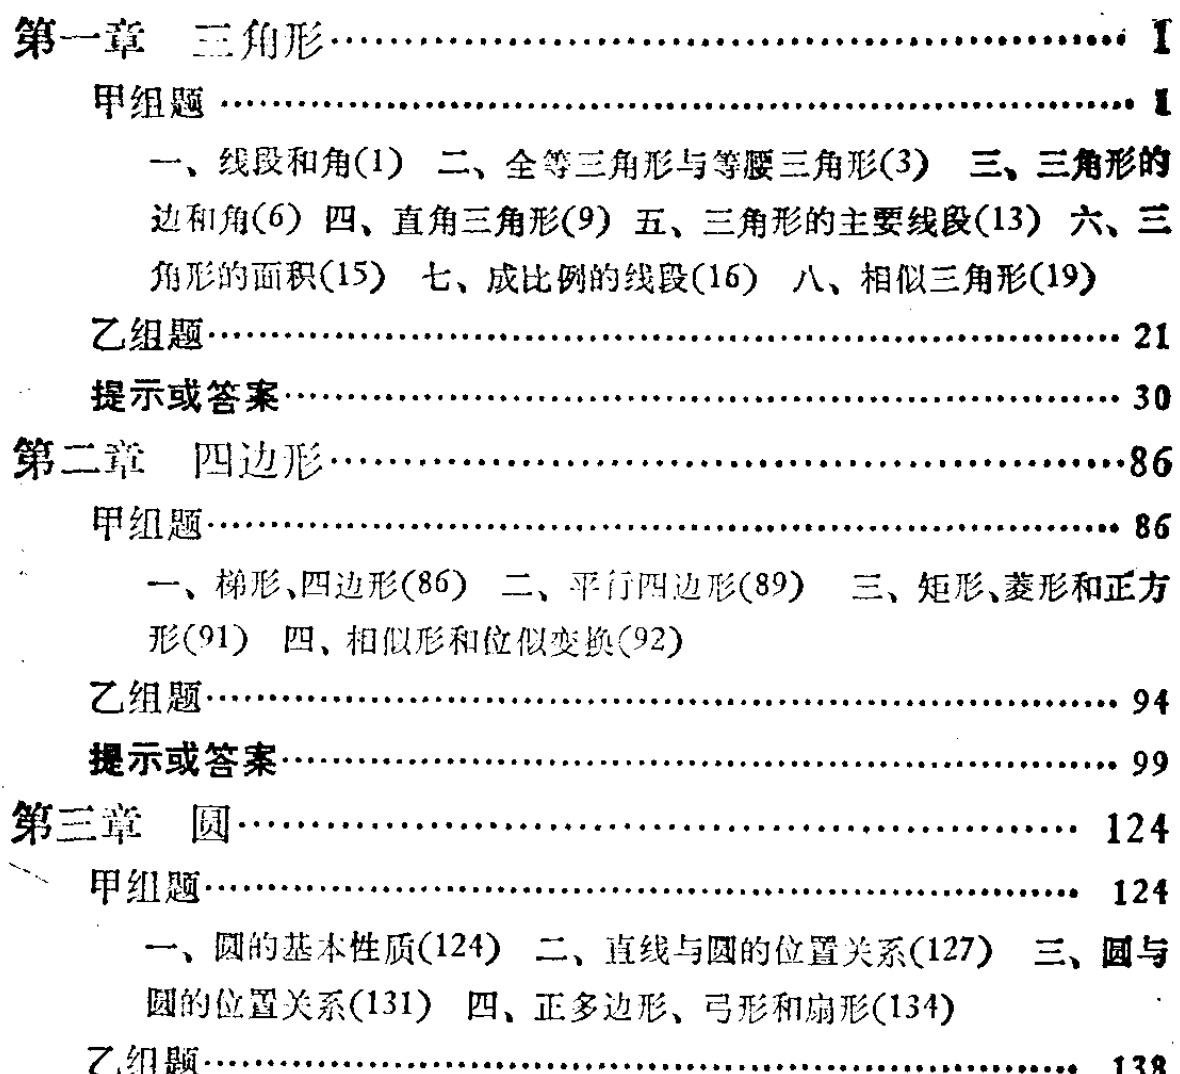
\begin{enumerate}

\item 第一章 三角形……I

    \begin{enumerate}

    \item 甲组题……1

        \begin{enumerate}

        \item 一、线段和角(1)

        \item 二、全等三角形与等腰三角形(3)

        \item 三、三角形的边和角(6)

        \item 四、直角三角形(9)

        \item 五、三角形的主要线段(13)

        \item 六、三角形的面积(15)

        \item 七、成比例的线段(16)

        \item 八、相似三角形(19)

        \end{enumerate}

    \item 乙组题……21

    \item 提示或答案……30

    \end{enumerate}

\item 第二章 四边形……86

    \begin{enumerate}

    \item 甲组题……86

        \begin{enumerate}

        \item 一、梯形、四边形(86)

        \item 二、平行四边形(89)

        \item 三、矩形、菱形和正方形(91)

        \item 四、相似形和位似变换(92)

        \end{enumerate}

    \item 乙组题……94

    \item 提示或答案……99

    \end{enumerate}

\item 第三章 圆……124

    \begin{enumerate}

    \item 甲组题……124

        \begin{enumerate}

        \item 一、圆的基本性质(124)

        \item 二、直线与圆的位置关系(127)

        \item 三、圆与圆的位置关系(131)

        \item 四、正多边形、弓形和扇形(134)

        \end{enumerate}

    \item 乙组题……138

    \end{enumerate}

\end{enumerate}